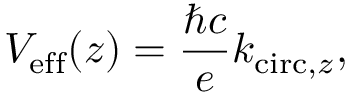
V _ { \mathrm { e f f } } ( z ) = \frac { \hbar c } { e } k _ { \mathrm { c i r c , } z } ,